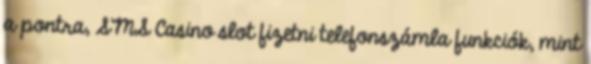
a pontra, SMS Casino slot fizetni telefonszámla funkciók, mint